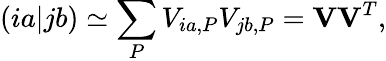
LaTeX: (ia|jb)\simeq\sum_{P}V_{ia,P}V_{jb,P}=\mathbf{V}\mathbf{V}^{T},